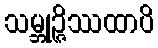
သမ္ဘုဉ္ဇိဿထာပိ